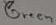
Text: Green